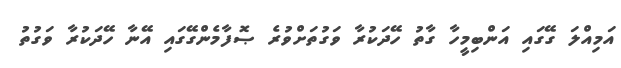
އަމިއްލަ ގޭގައި އަންބިމީހާ ގާތު ހޭދަކުރާ ވަގުތަށްވުރެ ޞޮފާމެންގޭގައި އޭނާ ހޭދަކުރާ ވަގުތު